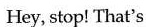
Hey, stop! That's